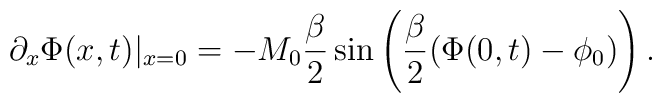
\partial_x\Phi(x,t)\vert_{x=0}=-M_0\frac{\beta}{2}\sin\left(\frac{\beta}{2}(\Phi(0,t)-\phi_0)\right).